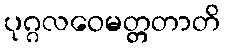
ပုဂ္ဂလဝေမတ္တတာတိ